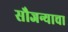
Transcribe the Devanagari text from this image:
सौजन्याचा